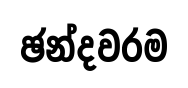
ඡන්දවරම